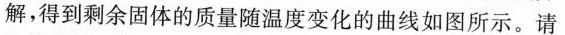
解，得到剩余固体的质量随温度变化的曲线如图所示。请